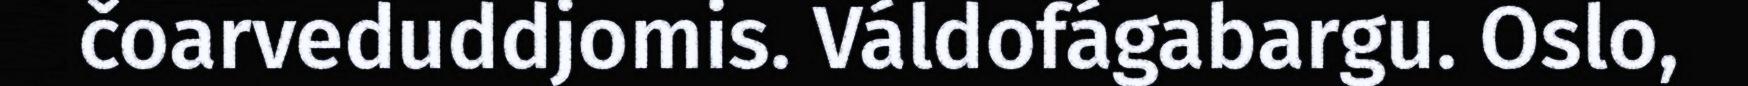
čoarveduddjomis. Váldofágabargu. Oslo,